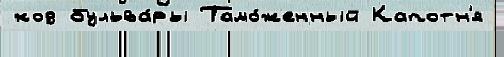
код бульва́ры Тамо́женный Капотн'я